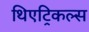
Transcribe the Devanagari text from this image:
थिएट्रिकल्स